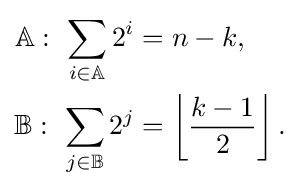
{\begin{aligned}\mathbb {A} :\ \sum _{i\in \mathbb {A} }2^{i}&=n-k,\\\mathbb {B} :\ \sum _{j\in \mathbb {B} }2^{j}&=\left\lfloor {\dfrac {k-1}{2}}\right\rfloor .\\\end{aligned}}